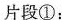
片段①：